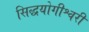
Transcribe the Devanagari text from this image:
सिद्धयोगीश्वरी